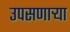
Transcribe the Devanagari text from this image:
उपसणाऱ्या